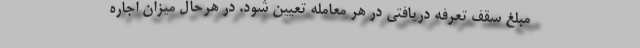
مبلغ سقف تعرفه دریافتی در هر معامله تعیین شود. در هرحال میزان اجاره